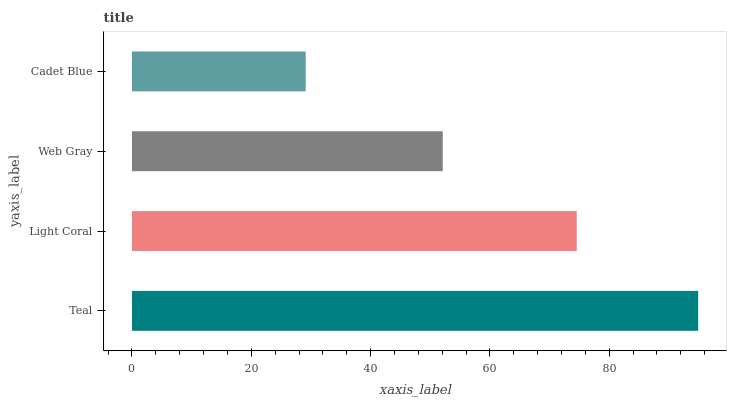
| yaxis_label | bars |
 | --- | --- |
 | Teal | 94.9 |
 | Light Coral | 74.6 |
 | Web Gray | 52.1 |
 | Cadet Blue | 29.1 |